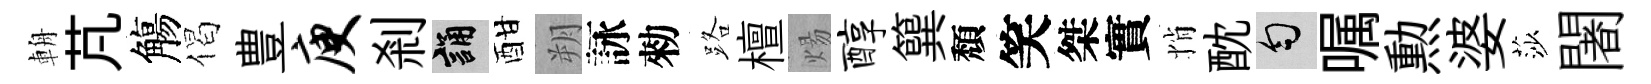
輈芃觴偈豊庾剎誦酣朔詠勑路檀煬醇簨頽笑桀實悄酖匀嘱勲婆莎闍